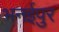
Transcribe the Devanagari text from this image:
भनईपुर